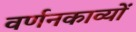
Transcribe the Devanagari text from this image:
वर्णनकाव्यों